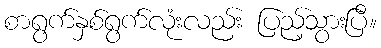
စာရွက်နှစ်ရွက်လုံးလည်း ပြည့်သွားပြီ။